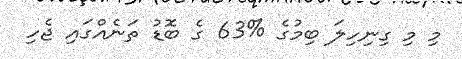
މި މި ގިނިހިލަ ބިމުގެ %63 ގެ ބޮޑު ތަނެއްގައި ޖެހި